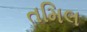
તમિલ